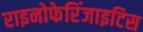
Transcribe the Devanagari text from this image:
राइनोफेरिंजाइटिस